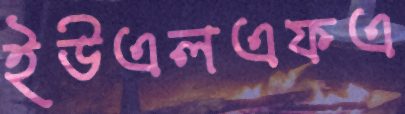
ইউএলএফএ